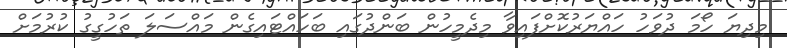
މިދިޔަ ހޯމަ ދުވަހު ހައްޔަރުކޮށްފައިވާ މިދެމީހުން ބަންދުގައި ބަހައްޓައިގެން މައްސަލަ ތަހުގީގު ކުރުމަށް